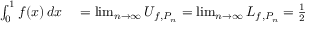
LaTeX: \begin{array} { r l } { \int _ { 0 } ^ { 1 } f ( x ) \, d x } & { { } = \operatorname* { l i m } _ { n \to \infty } U _ { f , P _ { n } } = \operatorname* { l i m } _ { n \to \infty } L _ { f , P _ { n } } = { \frac { 1 } { 2 } } } \end{array}